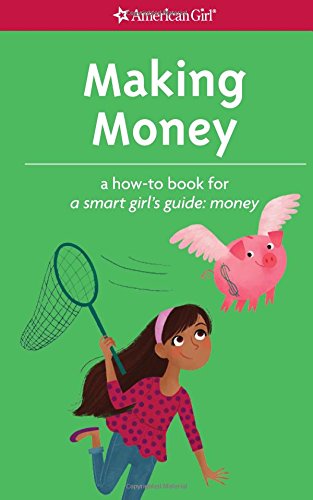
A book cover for Making Money: A How-To Book for A Smart Girl's Guide: Money (American Girl); Apryl Lundsten; Children's Books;